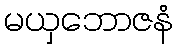
မယှဘောဇနံ